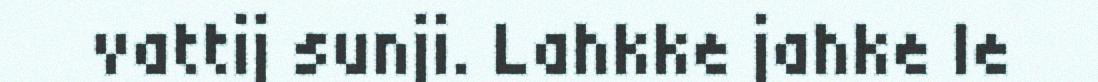
vattij sunji. Lahkke jahke le